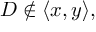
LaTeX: D \not \in \langle x , y \rangle ,